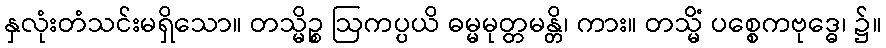
နှလုံးတံသင်းမရှိသော။ တသ္မိဉ္စ ဩကပ္ပယိ ဓမ္မမုတ္တမန္တိ၊ ကား။ တသ္မိံ ပစ္စေကဗုဒ္ဓေ၊ ၌။